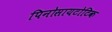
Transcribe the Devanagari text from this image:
पिनोसायटोटिक